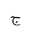
Letter: _gim